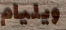
ويليام